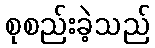
စုစည်းခဲ့သည်